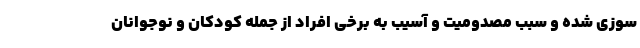
سوزی شده و سبب مصدومیت و آسیب به برخی افراد از جمله کودکان و نوجوانان